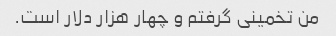
من تخمینی گرفتم و چهار هزار دلار است.